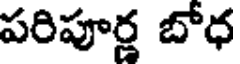
పరిపూర్ణ బోధ